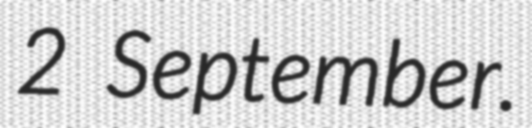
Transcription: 2 September.